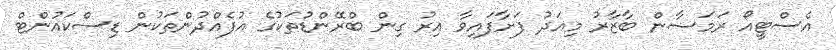
އެސްޓީއޯ ރަމަޟާން ބާޒާރު މިއަދު ފަށާފައިވާ އިރު ގިން ބްރޭންޑުތަކުގެ އުފެއްދުންތަކުން ޑިސްކައުންޓް